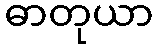
ဓာတုယာ